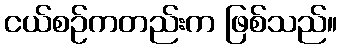
ငယ်စဉ်ကတည်းက ဖြစ်သည်။